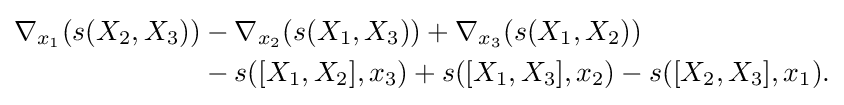
{\begin{aligned}\nabla _{x_{1}}(s(X_{2},X_{3}))&-\nabla _{x_{2}}(s(X_{1},X_{3}))+\nabla _{x_{3}}(s(X_{1},X_{2}))\\&-s([X_{1},X_{2}],x_{3})+s([X_{1},X_{3}],x_{2})-s([X_{2},X_{3}],x_{1}).\end{aligned}}